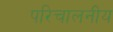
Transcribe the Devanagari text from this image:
परिचालनीय